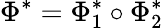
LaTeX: \Phi^{*}=\Phi_{1}^{*}\circ\Phi_{2}^{*}